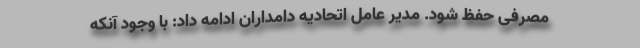
مصرفی حفظ شود. مدیر عامل اتحادیه دامداران ادامه داد: با وجود آنکه